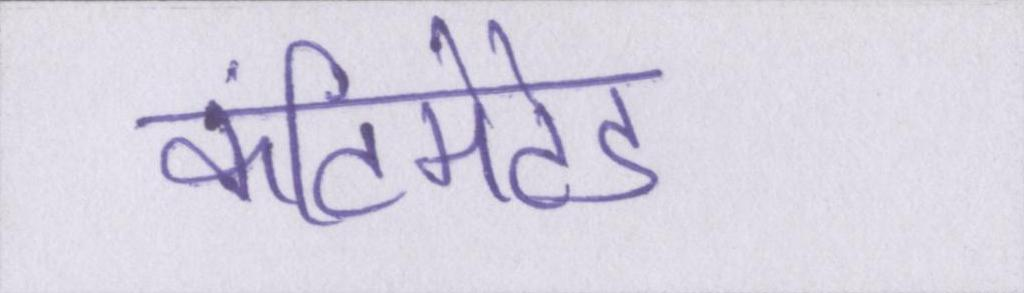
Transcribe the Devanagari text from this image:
कंटिमेटेड